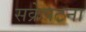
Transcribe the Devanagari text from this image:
सक्रेपटना